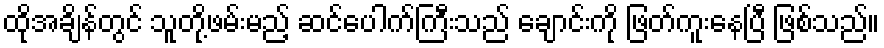
ထိုအချိန်တွင် သူတို့ဖမ်းမည့် ဆင်ပေါက်ကြီးသည် ချောင်းကို ဖြတ်ကူးနေပြီ ဖြစ်သည်။